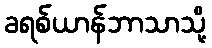
ခရစ်ယာန်ဘာသာသို့